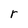
Character: r